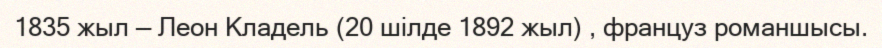
1835 жыл — Леон Кладель (20 шілде 1892 жыл) , француз романшысы.